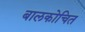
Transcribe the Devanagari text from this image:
बालकोचित